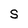
Character: S